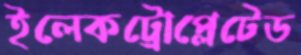
ইলেকট্রোপ্লেটেড